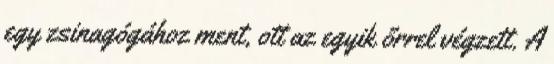
egy zsinagógához ment, ott az egyik őrrel végzett. A